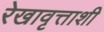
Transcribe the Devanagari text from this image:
रेखावृत्ताशी